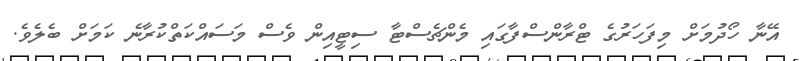
އޭނާ ހޯދުމަށް މިފަހަރުގެ ޓްރާންސްފާގައި މެންޗެސްޓާ ސިޓީއިން ވެސް މަސައްކަތްކުރާނެ ކަމަށް ބެލެވެ.